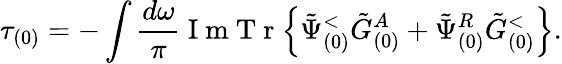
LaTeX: \tau_{(0)}=-\int\frac{d\omega}{\pi}\mathrm{~I~m~T~r~}\Big\{ \tilde{\Psi}_{(0)}^{<}\tilde{G}_{(0)}^{A}+\tilde{\Psi}_{(0)}^{R}\tilde{G}_{(0)}^{<}\Big\} .